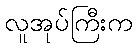
လူအုပ်ကြီးက